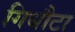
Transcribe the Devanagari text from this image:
गिधौटा